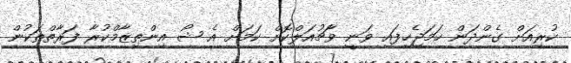
ކުރިއަށް ގެންދަން ހަމަޖެހިފައި ވަނީ ވާޗުއަލްކޮށް ކަމަށް އެ ޝޯ އިންތިޒާމްކުރާ ފަރާތްތަކުން